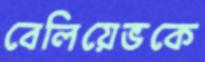
বেলিয়েভকে